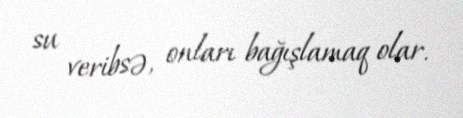
su veribsə, onları bağışlamaq olar.